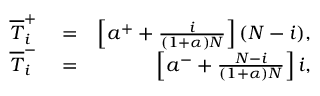
\begin{array} { r l r } { \overline { T } _ { i } ^ { + } } & { { } = } & { \left[ a ^ { + } + \frac { i } { ( 1 + \alpha ) N } \right] ( N - i ) , } \\ { \overline { T } _ { i } ^ { - } } & { { } = } & { \left[ a ^ { - } + \frac { N - i } { ( 1 + \alpha ) N } \right] i , } \end{array}